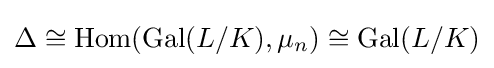
\Delta \cong \operatorname {Hom} (\operatorname {Gal} (L/K),\mu _{n})\cong \operatorname {Gal} (L/K)